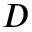
D